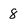
Character: 8